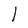
Character: 1